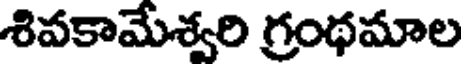
శివకామేశ్వరి గ్రంథమాల